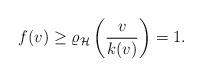
LaTeX: \begin{align*}f(v)\ge \varrho_\mathcal H\left(\frac{v}{k(v)}\right)=1.\end{align*}